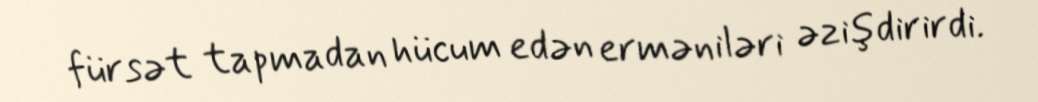
fürsət tapmadan hücum edən erməniləri əzişdirirdi.